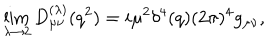
\lim _ { \lambda \rightarrow 2 } D _ { \mu \nu } ^ { ( \lambda ) } ( q ^ { 2 } ) = i \mu ^ { 2 } \delta ^ { 4 } ( q ) ( 2 \pi ) ^ { 4 } g _ { \mu \nu } ,